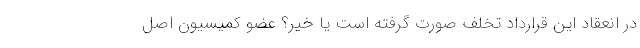
در انعقاد این قرارداد تخلف صورت گرفته است یا خیر؟ عضو کمیسیون اصل